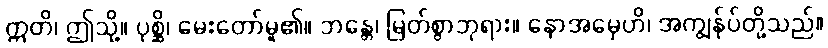
ဣတိ၊ ဤသို့။ ပုစ္ဆိ၊ မေးတော်မူ၏။ ဘန္တေ၊ မြတ်စွာဘုရား။ နောအမှေဟိ၊ အကျွန်ုပ်တို့သည်။